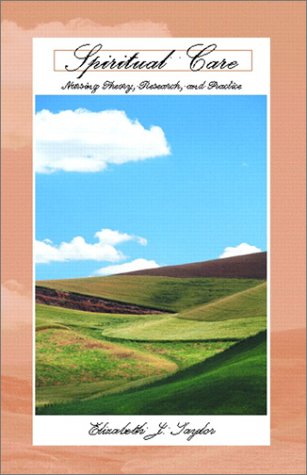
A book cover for Spiritual Care: Nursing Theory, Research, and Practice; Elizabeth Johnston Taylor Ph.D.  RN; Medical Books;